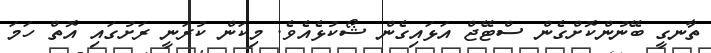
ތާނގީ ބޭނުންކޮށްގެން ސްޓޭޖް އަޅައިގެން ޝޯކުޅެއެވެ. މިކަން ކުރަނީ ރަށުގައި އޮތް ހަމަ